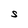
Character: S